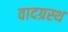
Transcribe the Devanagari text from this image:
वादग्रस्थ